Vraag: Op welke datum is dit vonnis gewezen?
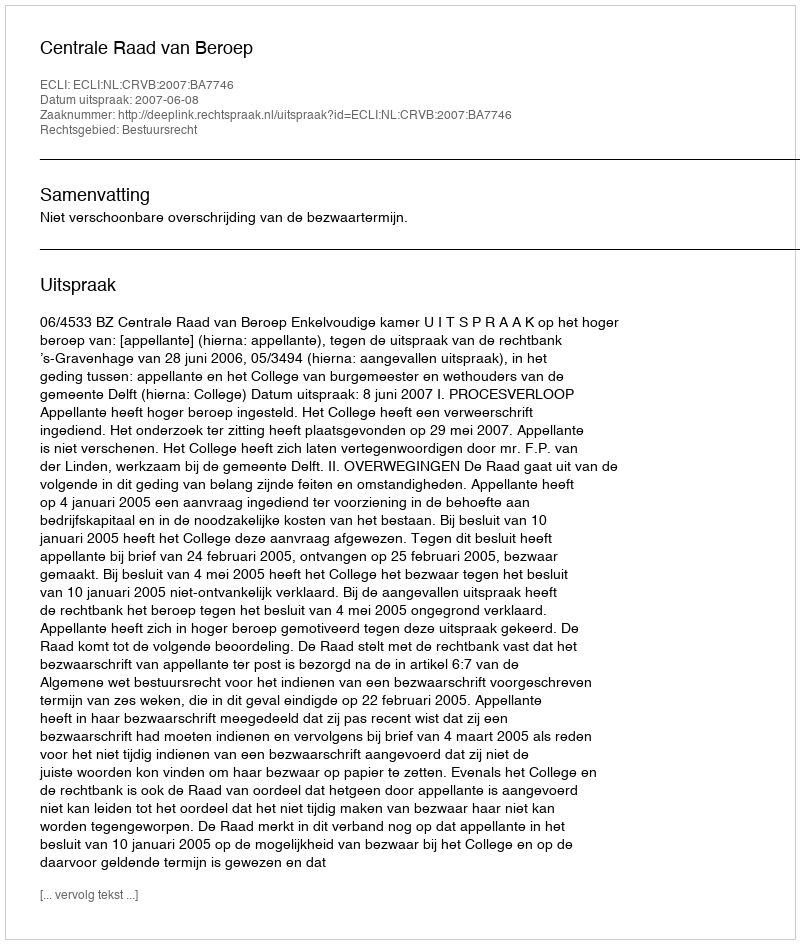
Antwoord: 2007-06-08